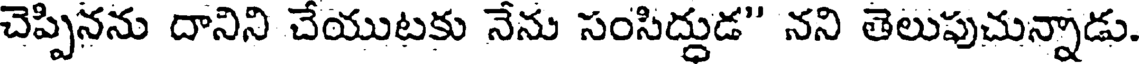
చెప్పినను దానిని చేయుటకు నేను సంసిద్దుడ" నని తెలుపుచున్నాడు.